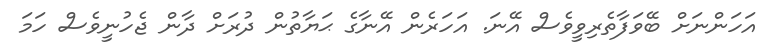
އަހަންނަށް ބޭވަފާތެރިވީވެސް އޭނަ. އަހަރެން އޭނާގެ ޙަޔާތުން ދުރަށް ދާން ޖެހުނީވެސް ހަމަ